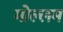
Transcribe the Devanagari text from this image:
मोल्लम